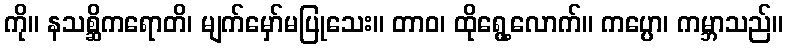
ကို။ နသစ္ဆိကရောတိ၊ မျက်မှော်မပြုသေး။ တာဝ၊ ထိုရွေ့လောက်။ ကပ္ပော၊ ကမ္ဘာသည်။